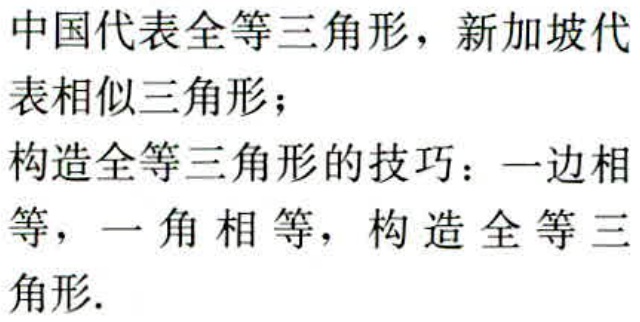
中国代表全等三角形，新加坡代表相似三角形；

构造全等三角形的技巧：一边相等，一角相等，构造全等三角形.